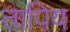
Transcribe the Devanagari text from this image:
तापिय